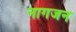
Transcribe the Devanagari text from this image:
नागजन